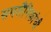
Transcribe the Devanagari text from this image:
समलैंगिकांची